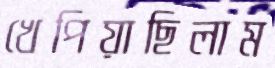
খেপিয়াছিলাম